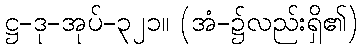
ဋ္ဌ-ဒု-အုပ်-၃၂၁။ (အံ-၌လည်းရှိ၏)